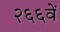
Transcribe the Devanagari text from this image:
२६६वें